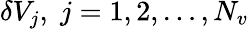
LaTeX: \delta V_{j},\; j=1,2,\ldots,N_{v}